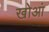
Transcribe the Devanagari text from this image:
खोआं